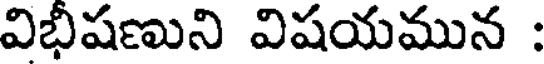
విభీషణుని విషయమున :